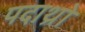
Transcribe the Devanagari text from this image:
पदाथ्रो